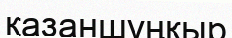
қазаншұңқыр